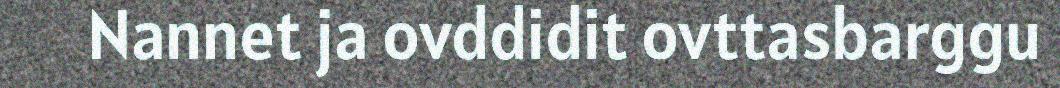
Nannet ja ovddidit ovttasbarggu